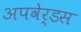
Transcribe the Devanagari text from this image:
अपवेर्डस